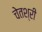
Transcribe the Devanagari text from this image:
चेतश्री